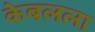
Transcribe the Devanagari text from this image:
केबलला